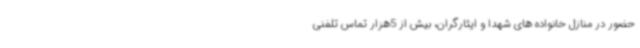
حضور در منازل خانواده های شهدا و ایثارگران، بیش از 5هزار تماس تلفنی